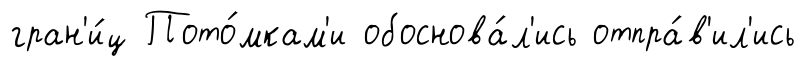
гран'и́ц Пото́мкам'и обоснова́л'ись отпра́в'ил'ись